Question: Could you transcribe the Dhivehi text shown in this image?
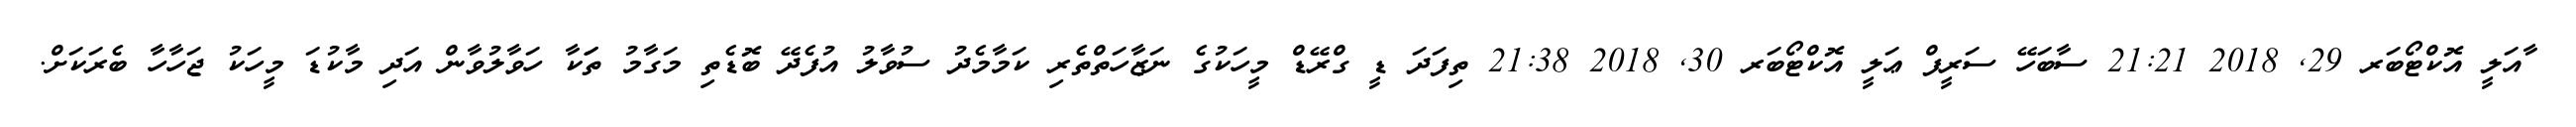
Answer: ާއަލީ އޮކްޓޯބަރ 29, 2018 21:21 ސާބަހޭ ސަރީފް ޢަލީ އޮކްޓޯބަރ 30, 2018 21:38 ތިފަދަ ޑީ ގްރޭޑް މީހަކުގެ ނަޒާހަތްތެރި ކަމާމެދު ސުވާލު އުފެދޭ ބޮޑެތި މަގާމު ތަަކާ ހަވާލުވާން އަދި މާކުޑަ މީހަކު ޖަހާހާ ބެރަކަށް.